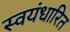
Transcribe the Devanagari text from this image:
स्वयंधारित